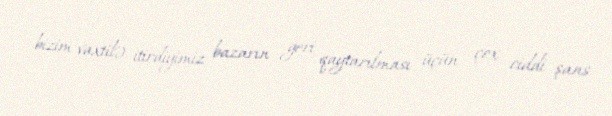
bizim vaxtilə itirdiyimiz bazarın geri qaytarılması üçün çox ciddi şans